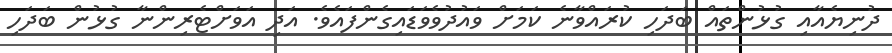
ދުނިޔެއާއި ގުޅުންތައް ބަދަހި ކުރައްވާނެ ކަމަށް ވައުދުވެވަޑައިގެންފައެވެ. އަދި އަވަށްޓެރިންނާ ގުޅުން ބަދަހި